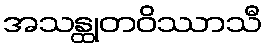
အသန္ထုတဝိဿာသီ